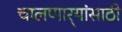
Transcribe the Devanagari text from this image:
चालणार्‍यांसाठी